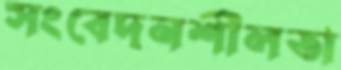
সংবেদনশীলতা